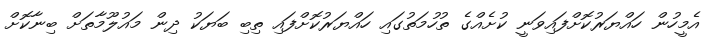
އެމީހުން ހައްޔަރުކޮށްފައިވަނީ ކުށެއްގެ ތުހުމަތުގައި ހައްޔަރުކޮށްފައި ތިބި ބަޔަކު ދިން މައުލޫމާތަށް ބިނާކޮށް